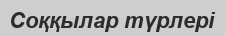
Соққылар түрлері